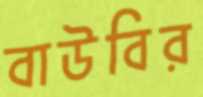
বাউবির